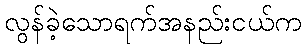
လွန်ခဲ့သောရက်အနည်းငယ်က